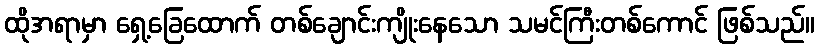
ထိုအရာမှာ ရှေ့ခြေထောက် တစ်ချောင်းကျိုးနေသော သမင်ကြီးတစ်ကောင် ဖြစ်သည်။